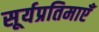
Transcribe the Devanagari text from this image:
सूर्यप्रतिमाएँ